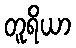
တူရိယာ